Enquiry on enteric fever in India - Number 32
Disease focus: Fever
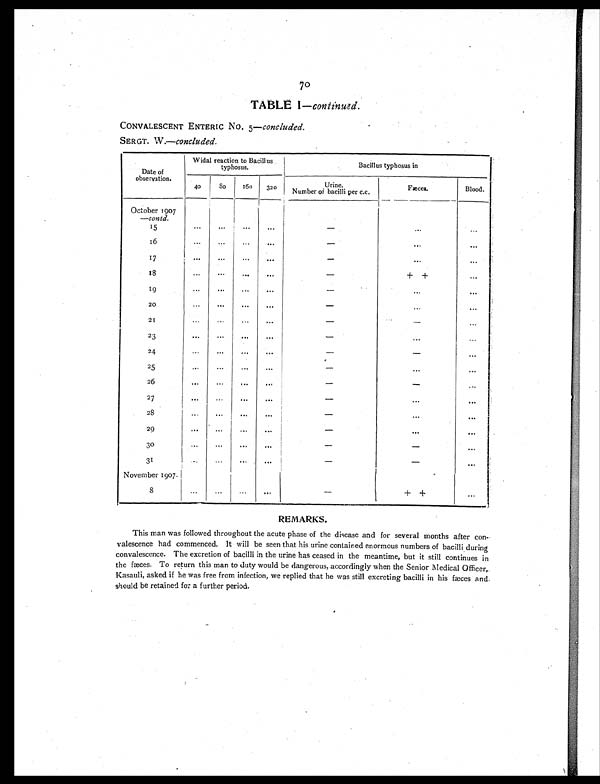
70
TABLE I— continued.
CONVALESCENT ENTERIC NO. 5— concluded.
SERGT. W.— concluded.
Date of
observation.
Widal reaction to Bacillus
typhosus.
Bacillus typhosus in
40
80 160 320
Urine.
Number of bacilli per c.c.
Fæces.
Blood.
October 1907
—contd.
15
...
...
. . .
...
-
...
...
16
...
...
...
...
-
...
...
17
...
...
...
...
-
. . .
...
1 8
...
...
...
. . .
-
+ +
...
19
...
...
...
. . .
-
...
...
20
...
...
...
. . .
-
...
...
21
...
... ...
. . .
-
-
...
23
...
...
. . .
. . .
-
...
...
24
. . .
. . .
...
. . .
-
-
...
25
... ... ...
. . .
-
... ...
26
... ... ... ...
-
-
...
27
...
. . .
... ...
-
...
. . .
28
... ...
...
...
-
... ...
29
... ... ...
. . .
-
... ...
30
... ... ... ...
- -
...
31
...
...
...
. . .
-
-
...
November 1907.
8
. . .
... ... ...
-
+ +
...
REMARKS.
This man was followed throughout the acute phase of the disease and for several months after con
-
valescence had commenced. It will be seen that his urine contained enormous numbers of bacilli during
convalescence. The excretion of bacilli in the urine has ceased in the meantime, but it still continues in
the fæces. To return this man to duty would be dangerous, accordingly when the Senior Medical Officer,
Kasauli, asked if he was free from infection, we replied that he was still excreting bacilli in his fæces and
should be retained for a further period.